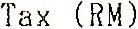
TAX (RM)